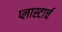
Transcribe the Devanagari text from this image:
प्लास्टार्च